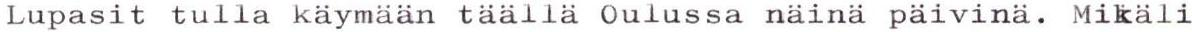
Lupasit tulla käymään täällä Oulussa näinä päivinä. Mikäli